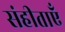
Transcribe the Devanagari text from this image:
संहीताएँ